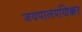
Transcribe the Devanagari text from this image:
जयपालपणिक्कर